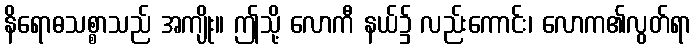
နိရောဓသစ္စာသည် အကျိုး။ ဤသို့ လောကီ နယ်၌ လည်းကောင်း၊ လောက၏လွတ်ရာ